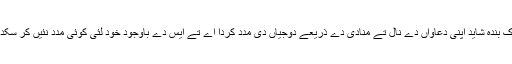
اِک بندہ شاید اپنی دعاواں دے نال تے منادی دے ذریعے دوجیاں دی مدد کردا اے تے ایس دے باوجود خود لئی کوئی مدد نئیں کر سکدا۔